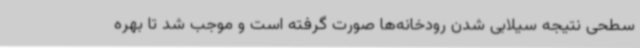
سطحی نتیجه سیلابی شدن رودخانه‌ها صورت گرفته است و موجب شد تا بهره